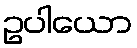
ဥပါယော